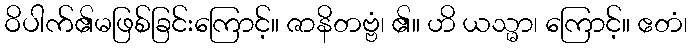
ဝိပါက်၏မဖြစ်ခြင်းကြောင့်။ ဇာနိတဗ္ဗံ၊ ၏။ ဟိ ယသ္မာ၊ ကြောင့်။ ဧတံ၊